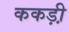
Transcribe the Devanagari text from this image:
ककड़ी़